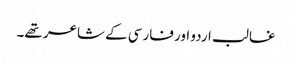
غالب اردو اور فارسی کے شاعر تھے۔